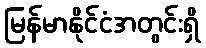
မြန်မာနိုင်ငံအတွင်းရှိ